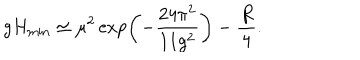
g H _ { \mathrm { m i n } } \simeq \mu ^ { 2 } \exp \left( - { \frac { 2 4 \pi ^ { 2 } } { 1 1 g ^ { 2 } } } \right) - { \frac { R } { 4 } } .